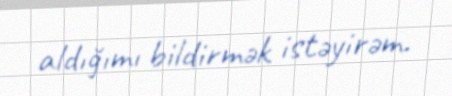
aldığımı bildirmək istəyirəm.